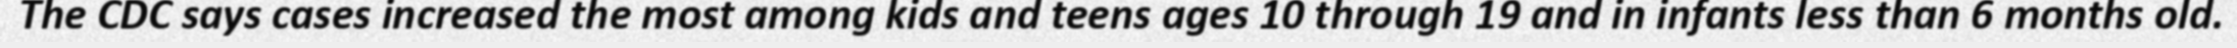
The CDC says cases increased the most among kids and teens ages 10 through 19 and in infants less than 6 months old.